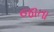
જાતા